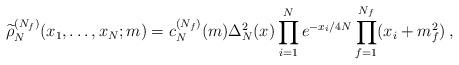
LaTeX: \begin{align*} \widetilde\rho_N^{(N_f)}(x_1,\ldots,x_N;m)=c_N^{(N_f)}(m) \Delta_N^2(x)\prod_{i=1}^Ne^{-x_i/4N} \prod_{f=1}^{N_f}(x_i+m_f^2)\:,\end{align*}